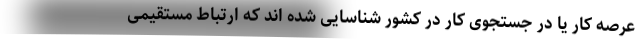
عرصه کار یا در جستجوی کار در کشور شناسایی شده اند که ارتباط مستقیمی